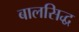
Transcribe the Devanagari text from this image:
बालसिद्ध